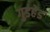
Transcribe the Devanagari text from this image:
गुडहेड